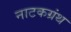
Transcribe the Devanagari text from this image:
नाटकग्रंथ